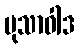
မုသာဝါဒ